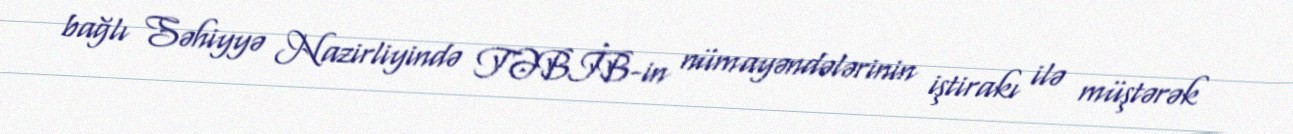
bağlı Səhiyyə Nazirliyində TƏBİB-in nümayəndələrinin iştirakı ilə müştərək